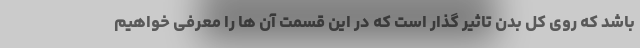
باشد که روی کل بدن تاثیر گذار است که در این قسمت آن ها را معرفی خواهیم